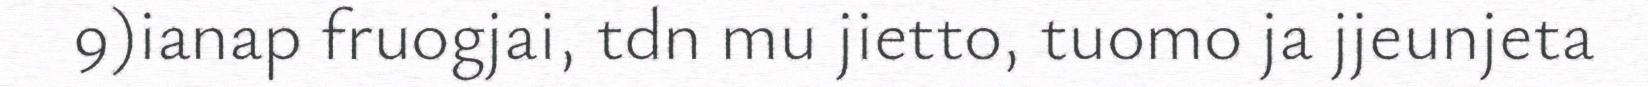
9)ianap fruogjai, tdn mu jietto, tuomo ja jjeunjeta